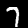
Digit: 7